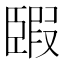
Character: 𦣯